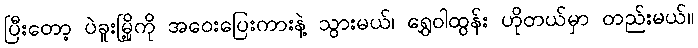
ပြီးတော့ ပဲခူးမြို့ကို အဝေးပြေးကားနဲ့ သွားမယ်၊ ရွှေဝါထွန်း ဟိုတယ်မှာ တည်းမယ်။